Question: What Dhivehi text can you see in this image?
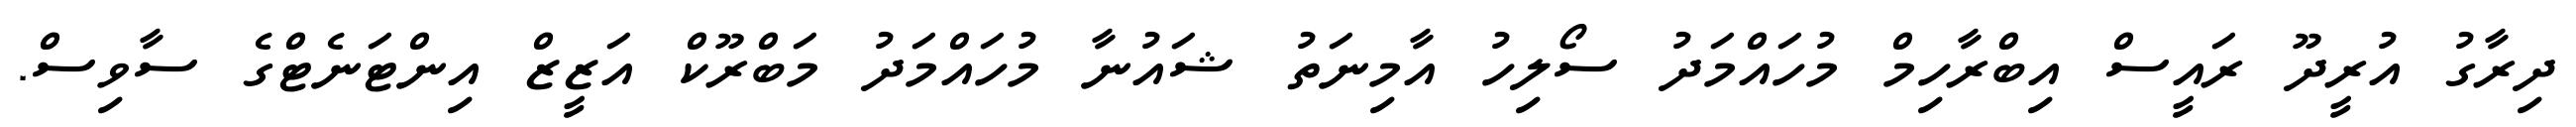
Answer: ދިރާގު އުރީދޫ ރައީސް އިބްރާހިމް މުހައްމަދު ސޯލިހު އާމިނަތު ޝައުނާ މުހައްމަދު މަބްރޫކް އަޒީޒް އިންޓަނެޓްގެ ސާވިސް.